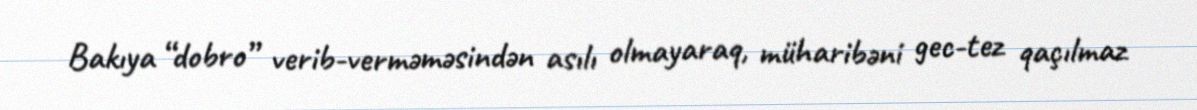
Bakıya “dobro” verib-verməməsindən asılı olmayaraq, müharibəni gec-tez qaçılmaz